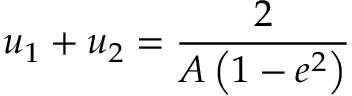
u _ { 1 } + u _ { 2 } = { \frac { 2 } { A \left( 1 - e ^ { 2 } \right) } }